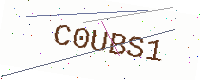
Text: C0UBS1